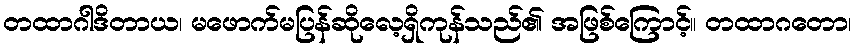
တထာဂါဒိတာယ၊ မဖောက်မပြန်ဆိုလေ့ရှိကုန်သည်၏ အဖြစ်ကြောင့်။ တထာဂတော၊